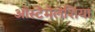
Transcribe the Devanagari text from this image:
ओस्टेमेलेशिया